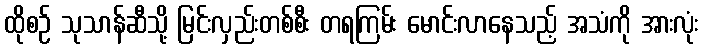
ထိုစဉ် သုသာန်ဆီသို့ မြင်းလှည်းတစ်စီး တရကြမ်း မောင်းလာနေသည့် အသံကို အားလုံး